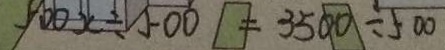
5 0 0 x \div 5 0 0 = 3 5 0 0 \div 5 0 0